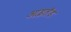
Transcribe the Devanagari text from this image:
आइलॅंड